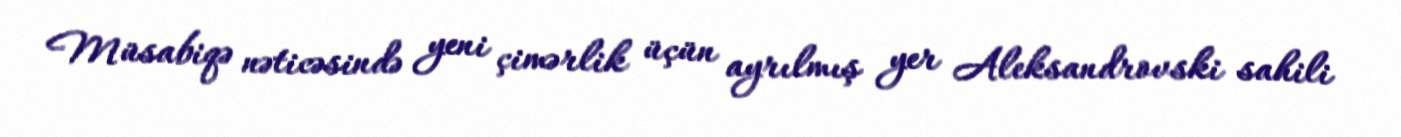
Müsabiqə nəticəsində yeni çimərlik üçün ayrılmış yer Aleksandrovski sahili